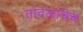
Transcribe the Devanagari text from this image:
तांदळाचेच